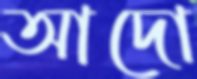
আদো